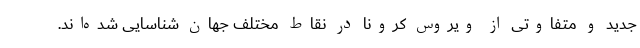
جدید و متفاوتی از ویروس کرونا در نقاط مختلف جهان شناسایی شده‌اند.